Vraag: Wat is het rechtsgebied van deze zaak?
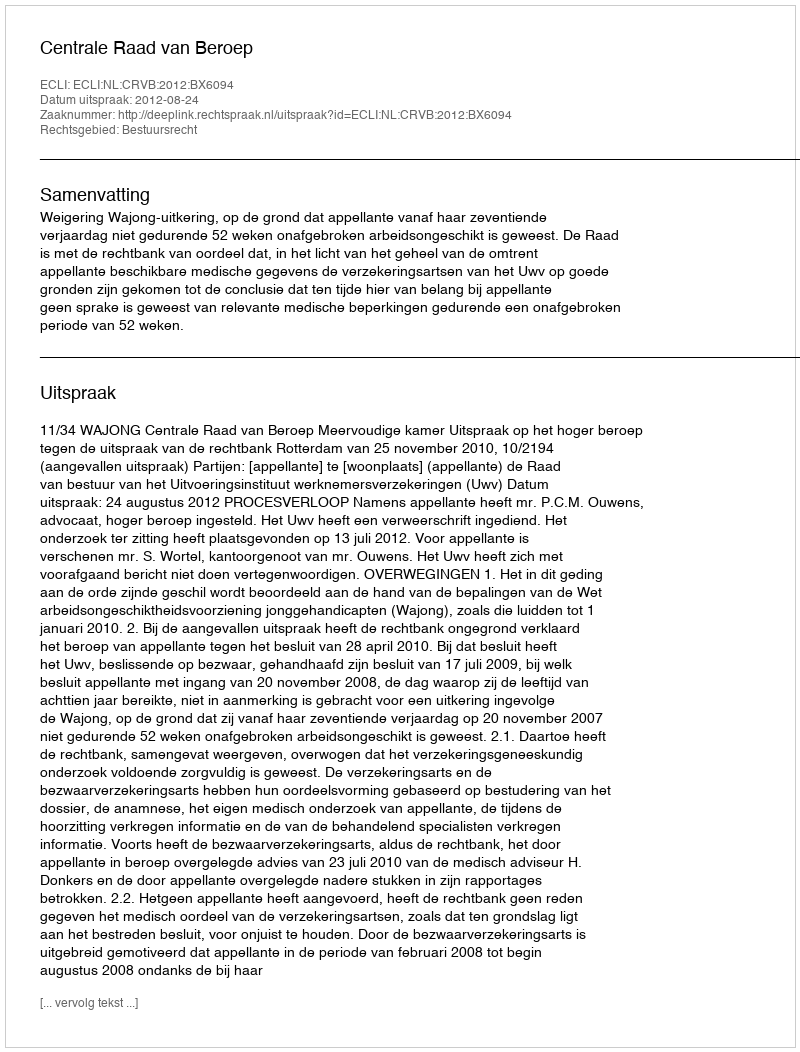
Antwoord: Bestuursrecht